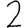
Digit: 2